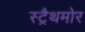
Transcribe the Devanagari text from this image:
स्ट्रैथमोर